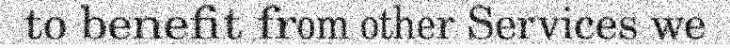
to benefit from other Services we